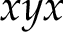
x y x